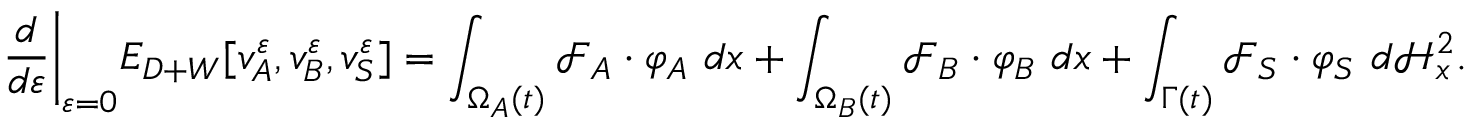
\frac { d } { d \varepsilon } \bigg \vert _ { \varepsilon = 0 } E _ { D + W } [ v _ { A } ^ { \varepsilon } , v _ { B } ^ { \varepsilon } , v _ { S } ^ { \varepsilon } ] = \int _ { \Omega _ { A } ( t ) } \mathcal { F } _ { A } \cdot \varphi _ { A } { \ } d x + \int _ { \Omega _ { B } ( t ) } \mathcal { F } _ { B } \cdot \varphi _ { B } { \ } d x + \int _ { \Gamma ( t ) } \mathcal { F } _ { S } \cdot \varphi _ { S } { \ } d \mathcal { H } _ { x } ^ { 2 } .